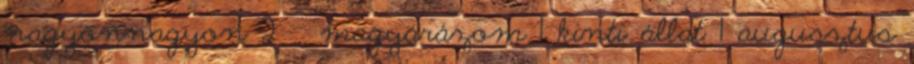
nagyonnagyon 2 magyarázom 1 kinti állat 1 augusztus